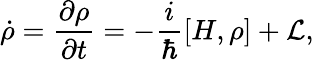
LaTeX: \dot{\rho}=\frac{\partial\rho}{\partial t}=-\frac{i}{\hbar}\left[H,\rho\right]+\mathcal{L},